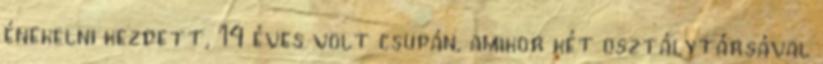
énekelni kezdett, 14 éves volt csupán, amikor két osztálytársával